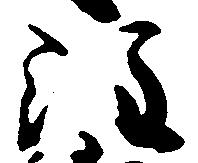
注